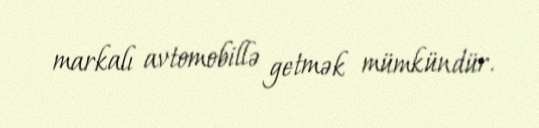
markalı avtomobillə getmək mümkündür.